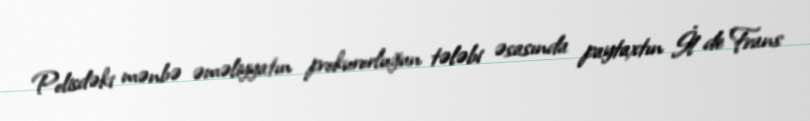
Polisdəki mənbə əməliyyatın prokurorluğun tələbi əsasında paytaxtın İl de Frans